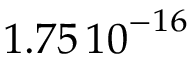
1 . 7 5 \, { 1 0 } ^ { - 1 6 }